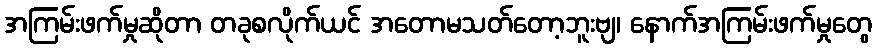
အကြမ်းဖက်မှုဆိုတာ တခုစလိုက်ယင် အတောမသတ်တော့ဘူးဗျ၊ နောက်အကြမ်းဖက်မှုတွေ